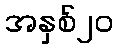
အနှစ်၂၀